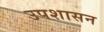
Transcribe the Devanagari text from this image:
उपशासन